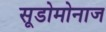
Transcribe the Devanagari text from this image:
सूडोमोनाज